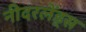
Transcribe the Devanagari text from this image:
नीदरलेंड्स